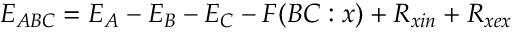
E _ { A B C } = E _ { A } - E _ { B } - E _ { C } - F ( B C : x ) + R _ { x i n } + R _ { x e x }